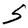
Character: S